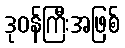
ဒုဝန်ကြီးအဖြစ်